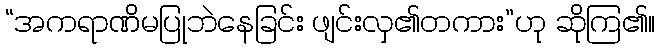
“အကရာဏိမပြုဘဲနေခြင်း ဖျင်းလှ၏တကား”ဟု ဆိုကြ၏။